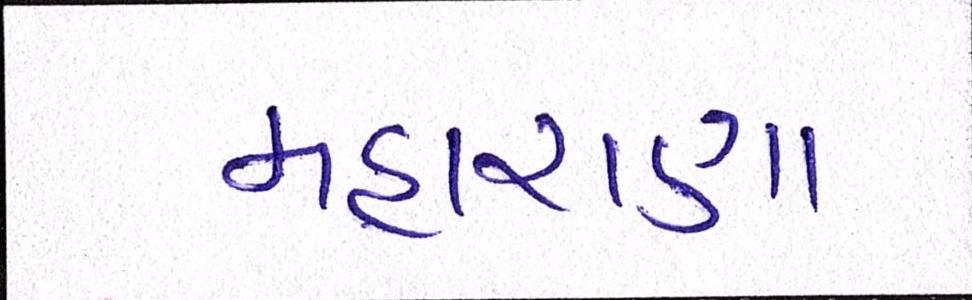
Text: મહારાણા